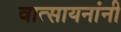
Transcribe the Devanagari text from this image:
वात्सायनांनी